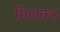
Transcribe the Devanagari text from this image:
मिलकर